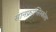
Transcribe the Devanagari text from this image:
सानफ्रांन्सिस्कोला